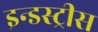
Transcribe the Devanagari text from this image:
इन्डस्ट्रीस